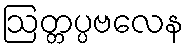
ဩတ္တပ္ပဗလေန